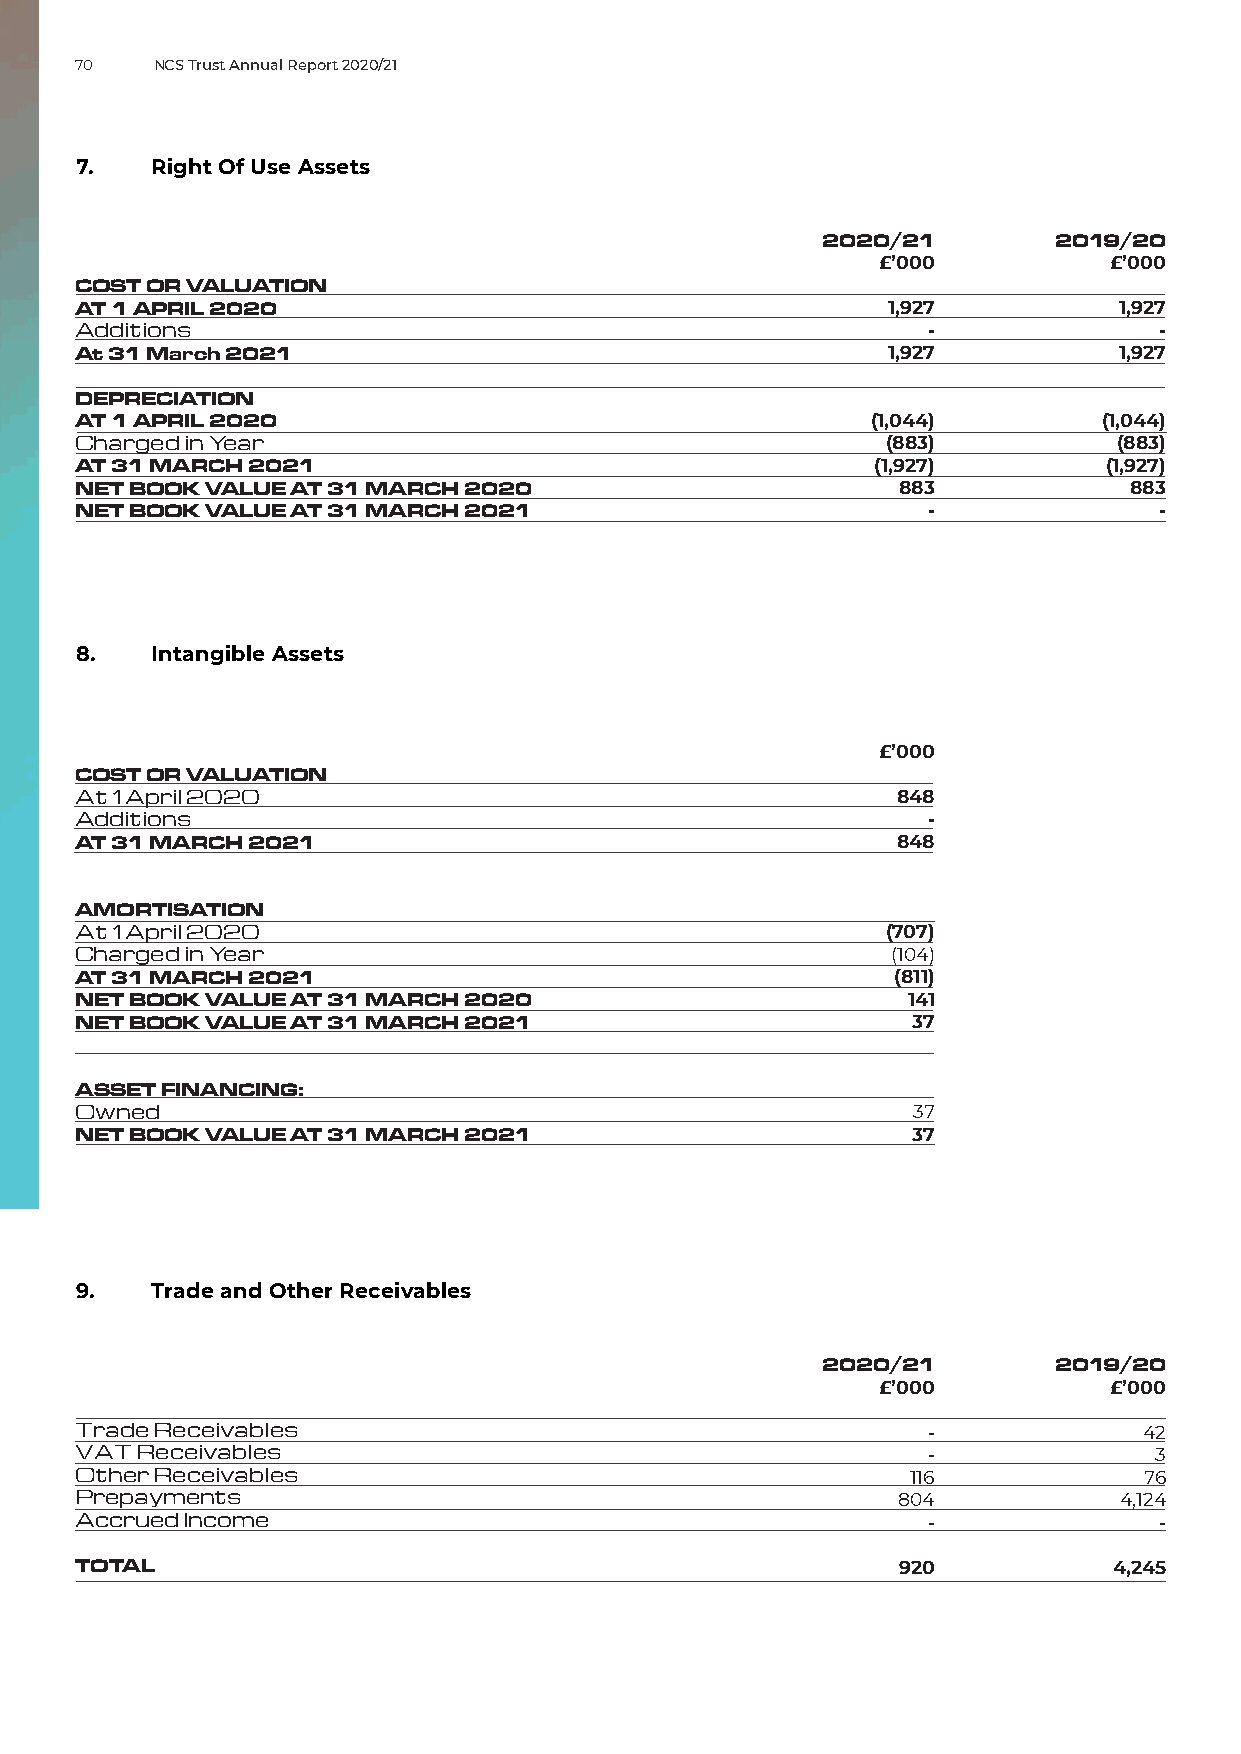
70   NCS Trust Annual Report 2020/21
 7.   Right Of Use Assets
 2020/21         2019/20
 £’000           £’000
 COST OR VALUATION
 AT 1 APRIL 2020                                       1,927          1,927
 Additions                                               -               -
 At 31 March 2021                                      1,927          1,927
 DEPRECIATION
 AT 1 APRIL 2020                                      (1,044)        (1,044)
 Charged in Year                                       (883)          (883)
 AT 31 MARCH 2021                                     (1,927)        (1,927)
 NET BOOK VALUE AT 31 MARCH 2020                        883            883
 NET BOOK VALUE AT 31 MARCH 2021                         -               -
 8.   Intangible Assets
 £’000
 COST OR VALUATION
 At 1 April 2020                                       848
 Additions                                               -
 AT 31 MARCH 2021                                      848
 AMORTISATION
 At 1 April 2020                                       (707)
 Charged in Year                                       (104)
 AT 31 MARCH 2021                                      (811)
 NET BOOK VALUE AT 31 MARCH 2020                        141
 NET BOOK VALUE AT 31 MARCH 2021                        37
 ASSET FINANCING:
 Owned                                                   37
 NET BOOK VALUE AT 31 MARCH 2021                        37
 9.   Trade and Other Receivables
 2020/21         2019/20
 £’000           £’000
 Trade Receivables                                       -              42
 VAT Receivables                                         -               3
 Other Receivables                                      116             76
 Prepayments                                           804            4,124
 Accrued Income                                          -               -
 TOTAL                                                  920           4,245